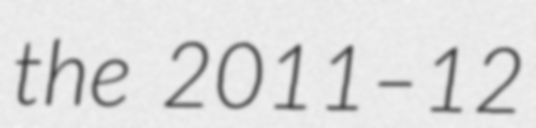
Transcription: the 2011–12